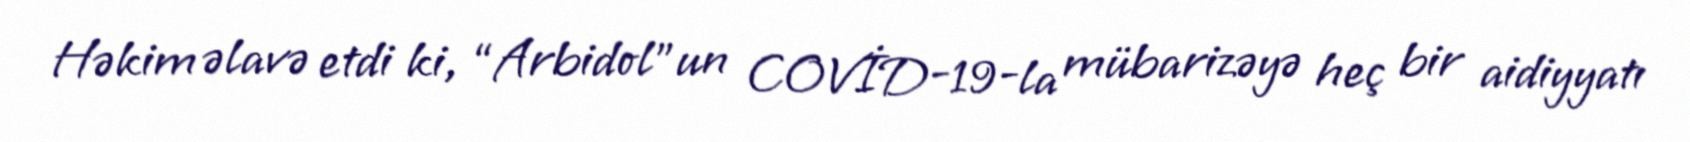
Həkim əlavə etdi ki, “Arbidol”un COVİD-19-la mübarizəyə heç bir aidiyyatı